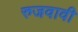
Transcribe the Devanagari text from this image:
रुजवावी